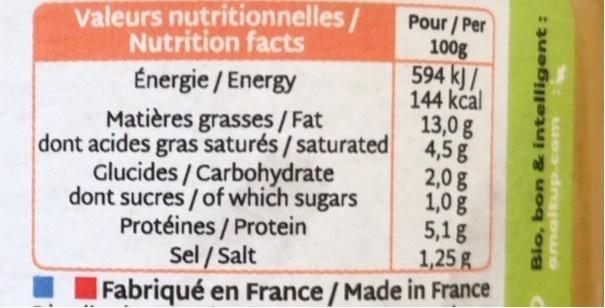
Valeurs nutritionnelles/ Nutrition facts
Pour / Per 100g 594 k)/ 144 kcal 13,0 g 4,5g 2,0 g 1,0 g 5,1g 1,25 g
Énergie / Energy
Matières grasses / Fat dont acides gras saturés / saturated Glucides / Carbohydrate dont sucres / of which sugars Protéines / Protein Sel / Salt
Fabriqué en France /Made in France
Bio, bon & intelligent:
uodraows